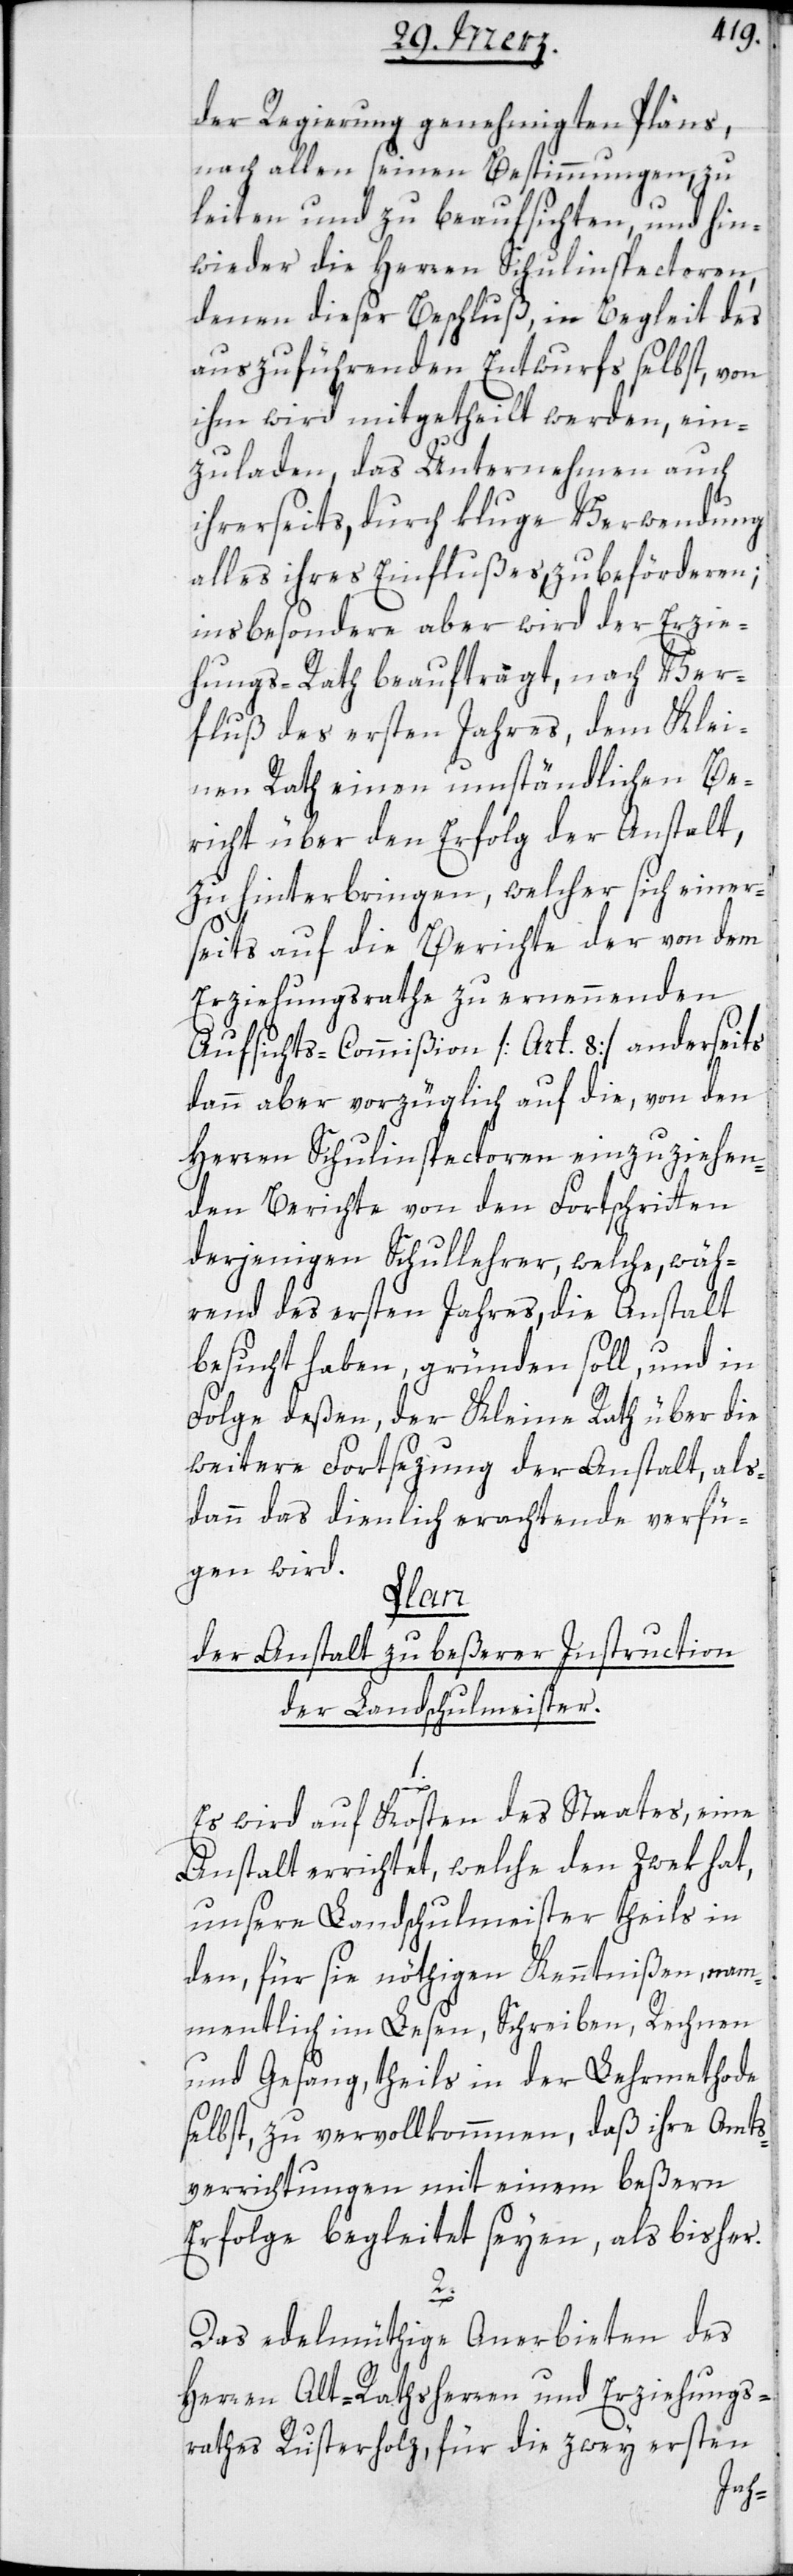
der Regierung genehmigten Plans,
nach allen seinen Bestimmungen, zu
leiten und zu beaufsichten, und hin¬
wieder die Herren Schulinspectoren,
denen dieser Beschluß, in Begleit des
auszuführenden Entwurfs selbst, von
ihm wird mitgetheilt werden, ein¬
zuladen, das Unternehmen auch
ihrerseits, durch kluge Verwendung
alles ihres Einflußes zu beförderen;
insbesondere aber wird der Erzie¬
hungs-Rath beauftragt, nach Ver¬
fluß des ersten Jahres, dem Klei¬
nen Rath einen umständlichen Be¬
richt über den Erfolg der Anstalt,
zu hinterbringen, welcher sich einer¬
seits auf die Berichte der von dem
Erziehungsrathe zu ernennenden
Aufsichts-Commißion [Art. 8], anderseits
dann aber vorzüglich auf die, von den
Herren Schulinspectoren einzuziehen¬
den Berichte von den Fortschritten
derjenigen Schullehrer, welche, wäh¬
rend des ersten Jahres, die Anstalt
besucht haben, gründen soll, und in
Folge deßen, der Kleine Rath über die
weitere Fortsezung der Anstalt, als¬
dann das dienlich Erachtende verfü¬
gen wird.
Plan
der Anstalt zu beßerer Instruction
der Landschulmeister.
Es wird auf Kosten des Staates, eine
Anstalt errichtet, welche den Zwek hat,
unsere Landschulmeister theils in
den, für sie nöthigen Kenntnißen, na¬
mentlich im Lesen, Schreiben, Rechnen
und Gesang, theils in der Lehrmethode
selbst, zu vervollkommnen, daß ihre Amts¬
verrichtungen mit einem beßern
Erfolge begleitet seyen, als bisher.
2.
Das edelmüthige Anerbieten des
Herren Alt-Rathsherren und Erziehungs¬
rathes Rusterholz, für die zwey ersten